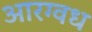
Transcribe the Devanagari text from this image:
आरग्वध